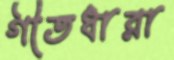
গীতধারা